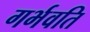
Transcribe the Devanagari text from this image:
गर्भवति